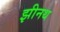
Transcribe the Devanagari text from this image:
झीनथ